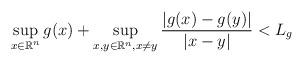
LaTeX: \begin{align*}\sup_{x\in \mathbb R^n} g(x)+\sup_{x,y\in \mathbb R^n,x\not=y} \frac{|g(x)-g(y)|}{|x-y|}<L_g\end{align*}